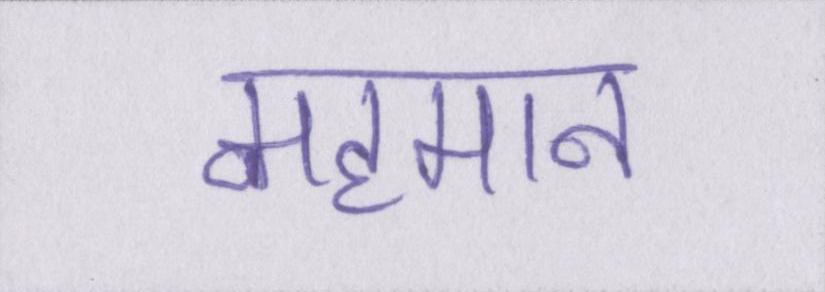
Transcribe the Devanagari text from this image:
महमान